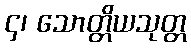
၄၊ သောတ္တိယသုတ္တ